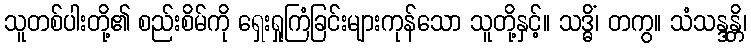
သူတစ်ပါးတို့၏ စည်းစိမ်ကို ရှေးရှုကြံခြင်းများကုန်သော သူတို့နှင့်။ သဒ္ဓိံ၊ တကွ။ သံသန္ဒန္တိ၊